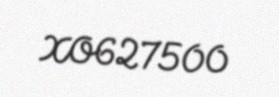
XO627500